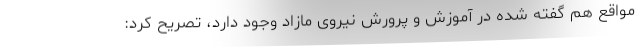
مواقع هم گفته شده در آموزش و پرورش نیروی مازاد وجود دارد، تصریح کرد: